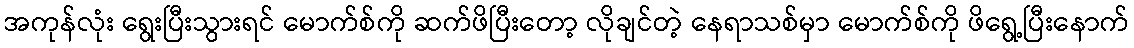
အကုန်လုံး ရွေးပြီးသွားရင် မောက်စ်ကို ဆက်ဖိပြီးတော့ လိုချင်တဲ့ နေရာသစ်မှာ မောက်စ်ကို ဖိရွေ့ပြီးနောက်